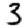
Digit: 3